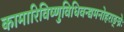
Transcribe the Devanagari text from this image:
कामारिविष्णुविधिवन्द्यमनोहराङ्घ्रेः